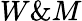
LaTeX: W\& M